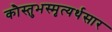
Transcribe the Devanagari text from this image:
कौस्तुभस्मृत्यर्थसार